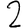
Digit: 2